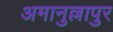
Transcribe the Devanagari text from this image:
अमानुल्लापुर